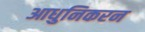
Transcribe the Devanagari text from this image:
आधुनिकरन